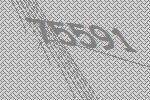
75591